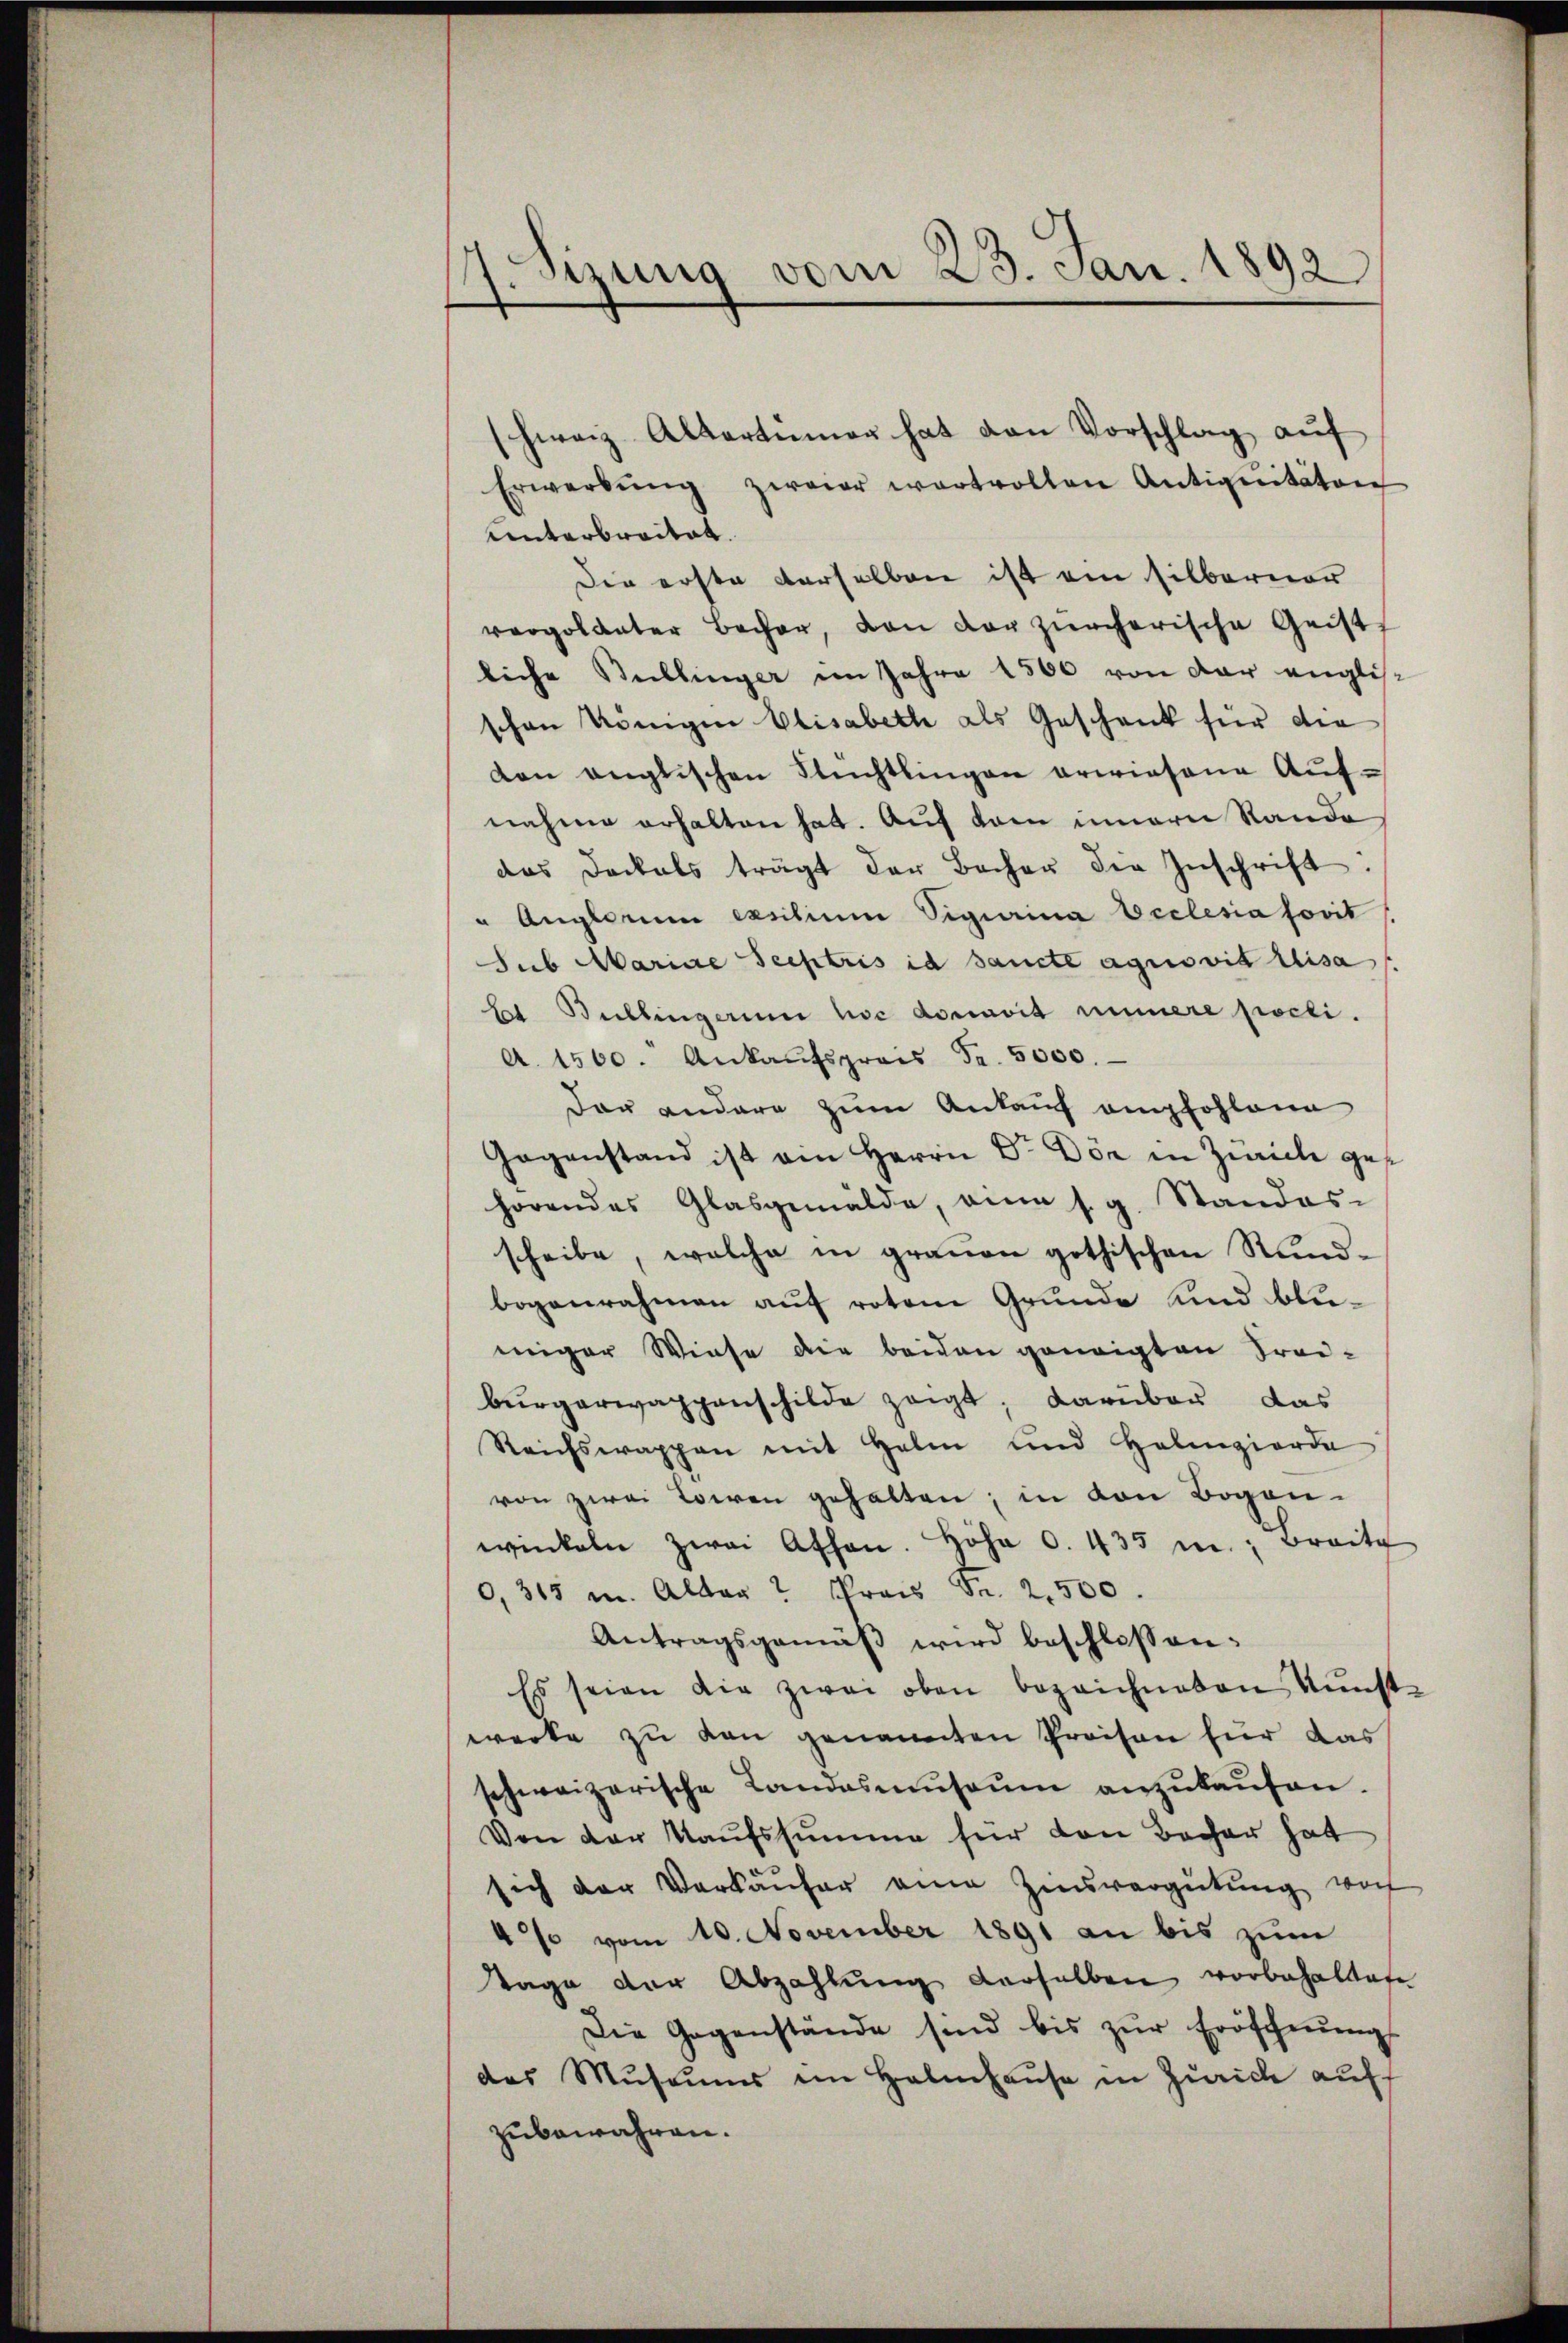
Sinung vom 23. Jan. 1892

schweiz. Altertümer hat den Vorschlag aŭf
Erwerbŭng zwaier wertvollen Antiquitäten
Unterbreitet.
Die erste derselben ist ein silberner
vergoldater Bacher, den der zürcherische Geist
liche Bellinger im Jahre 1500 von der englisc
schon Königen Elisabeth als Geschenk für die
den englischen Flüchtlingen erwiesene Auf-
nahme erhalten hat. Auf dem innern Rande
das Dockals trägt der Bacher die Inschrift:
" Anglorum exsilium Sigina Ecclesia sovit
Sub Mariae Seestris id Sancte agrovia Lisa
He Biblingerinn hoc donavit innere pocli.
A. 1500. Ankaŭfspreis Fr. 5000.
dar andere zum Ankauf empfohlann
Gegenstand ist am Herrn Dr. Der in Zürich ges
hörendes Glasgemälde, eine s. g. Standes-
scheibe, welche in grauen gothischen Rundbogennahmen auf rotene Grunde und bluwiger Wiese die beiden geneigten Frei-
bürgerwaggenschilde zeigt, darüber das
Reichswappen mit Halm und Halizierde
von zwei Loren gehalten; in von Bogen-
winkeln zwai Athan. Höhe 0. 435 m Breite
0,315 m. Alter Preis Sr. 2500.
Antragsgemäβ wird beschlossen:
Es seien die zwei oben bezeichneten Kunst-
werke zŭ den genannten Preisen für das
schweizerische Landasmŭsaŭm anzŭkaŭfen.
Von der Kaufssumme für den Bacher hat
sich der Verkäŭfer eine Zinsvergütŭng von
4% vom 10. November 1891 an bis zum
Tage der Abzahlung derselben vorbehaltafe
Die Gegenstände sind bis zur Eröschnungs
das Museums im Halmhause in Zürich auf
zubewahren.